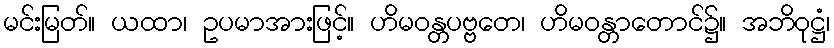
မင်းမြတ်။ ယထာ၊ ဥပမာအားဖြင့်။ ဟိမဝန္တပဗ္ဗတေ၊ ဟိမဝန္တာတောင်၌။ အဘိဝုဋ္ဌံ၊